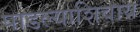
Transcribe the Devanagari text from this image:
पाडल्याशिवाय